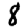
Digit: 8